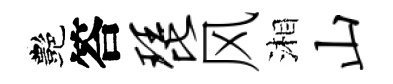
艷答琵风湘山